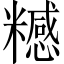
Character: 𥽇